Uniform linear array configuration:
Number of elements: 8
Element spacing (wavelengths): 0.75
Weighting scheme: exponential
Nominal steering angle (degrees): -45
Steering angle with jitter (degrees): -44.658
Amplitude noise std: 0.05
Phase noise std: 0.05

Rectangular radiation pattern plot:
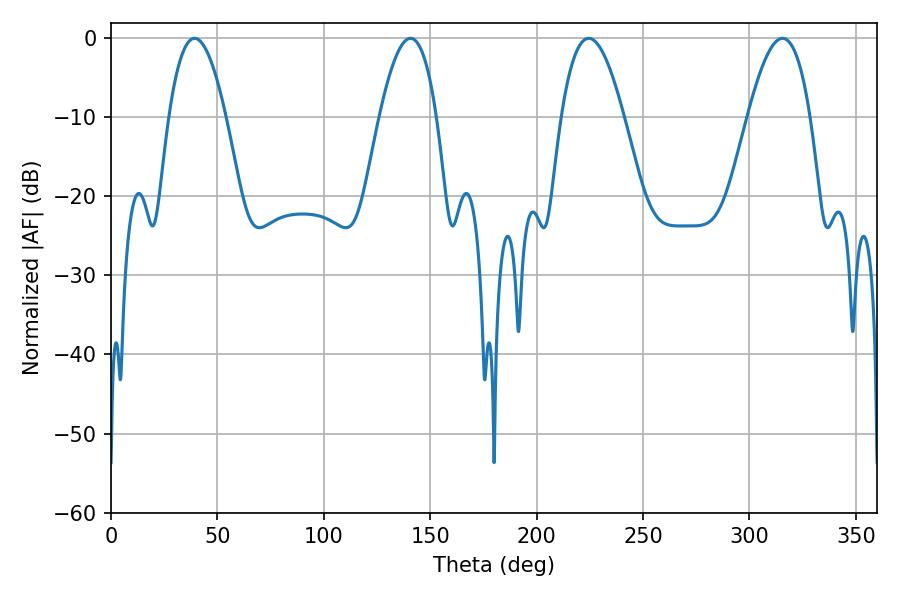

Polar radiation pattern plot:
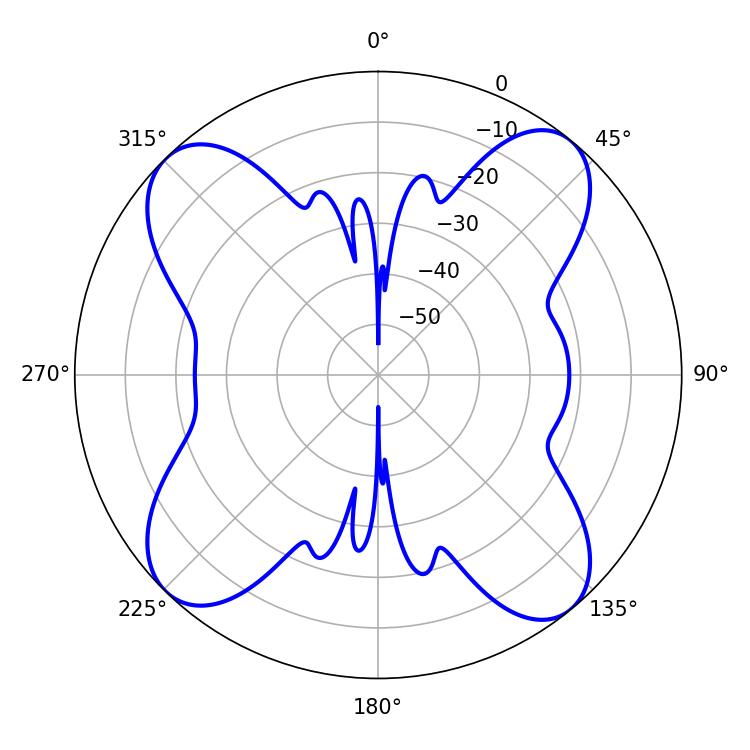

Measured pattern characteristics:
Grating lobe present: TRUE
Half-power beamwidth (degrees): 16.02
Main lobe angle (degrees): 224.46